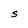
Character: S